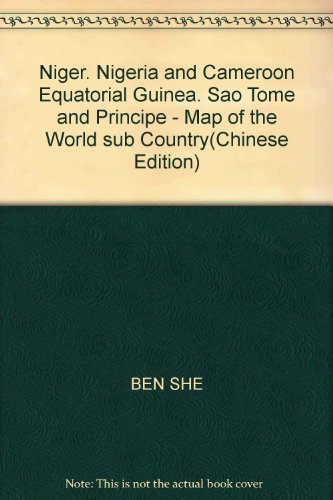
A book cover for Niger, Nigeria and Cameroon Equatorial Guinea, Sao Tome and Principe - Map of the World sub Country; BEN SHE; Travel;